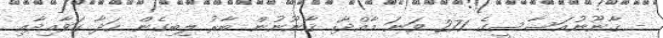
- ޤާނޫނުއަސާސީގެ 271 ވަނަ މާއްދާ: ޤާނޫނުން ބާރު ލިބިގެން ހަދާ ގަވާއިދާއި